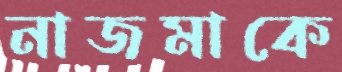
নাজমাকে